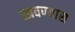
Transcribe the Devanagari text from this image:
स्त्रवण्यास